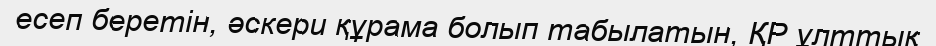
есеп беретін, әскери құрама болып табылатын, ҚР ұлттық